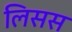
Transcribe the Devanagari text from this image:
लिसस